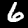
Label: 6